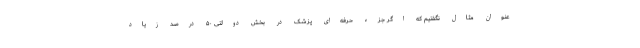
عنوان مثال نگفتیم که اگر جزء حرفه‌ای پزشک در بخش دولتی ۵۰ درصد زیاد